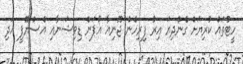
ހީޓުތައް ކުރިޔަށް ގެންދިޔަ އިރު ފިރިހެން ޖޫނިއާ އޯޕަން ޑިވިޝަނާއި އެސްޔޫޕީ އަދި